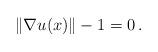
LaTeX: \begin{align*}\|\nabla u(x)\| - 1 = 0\, .\end{align*}